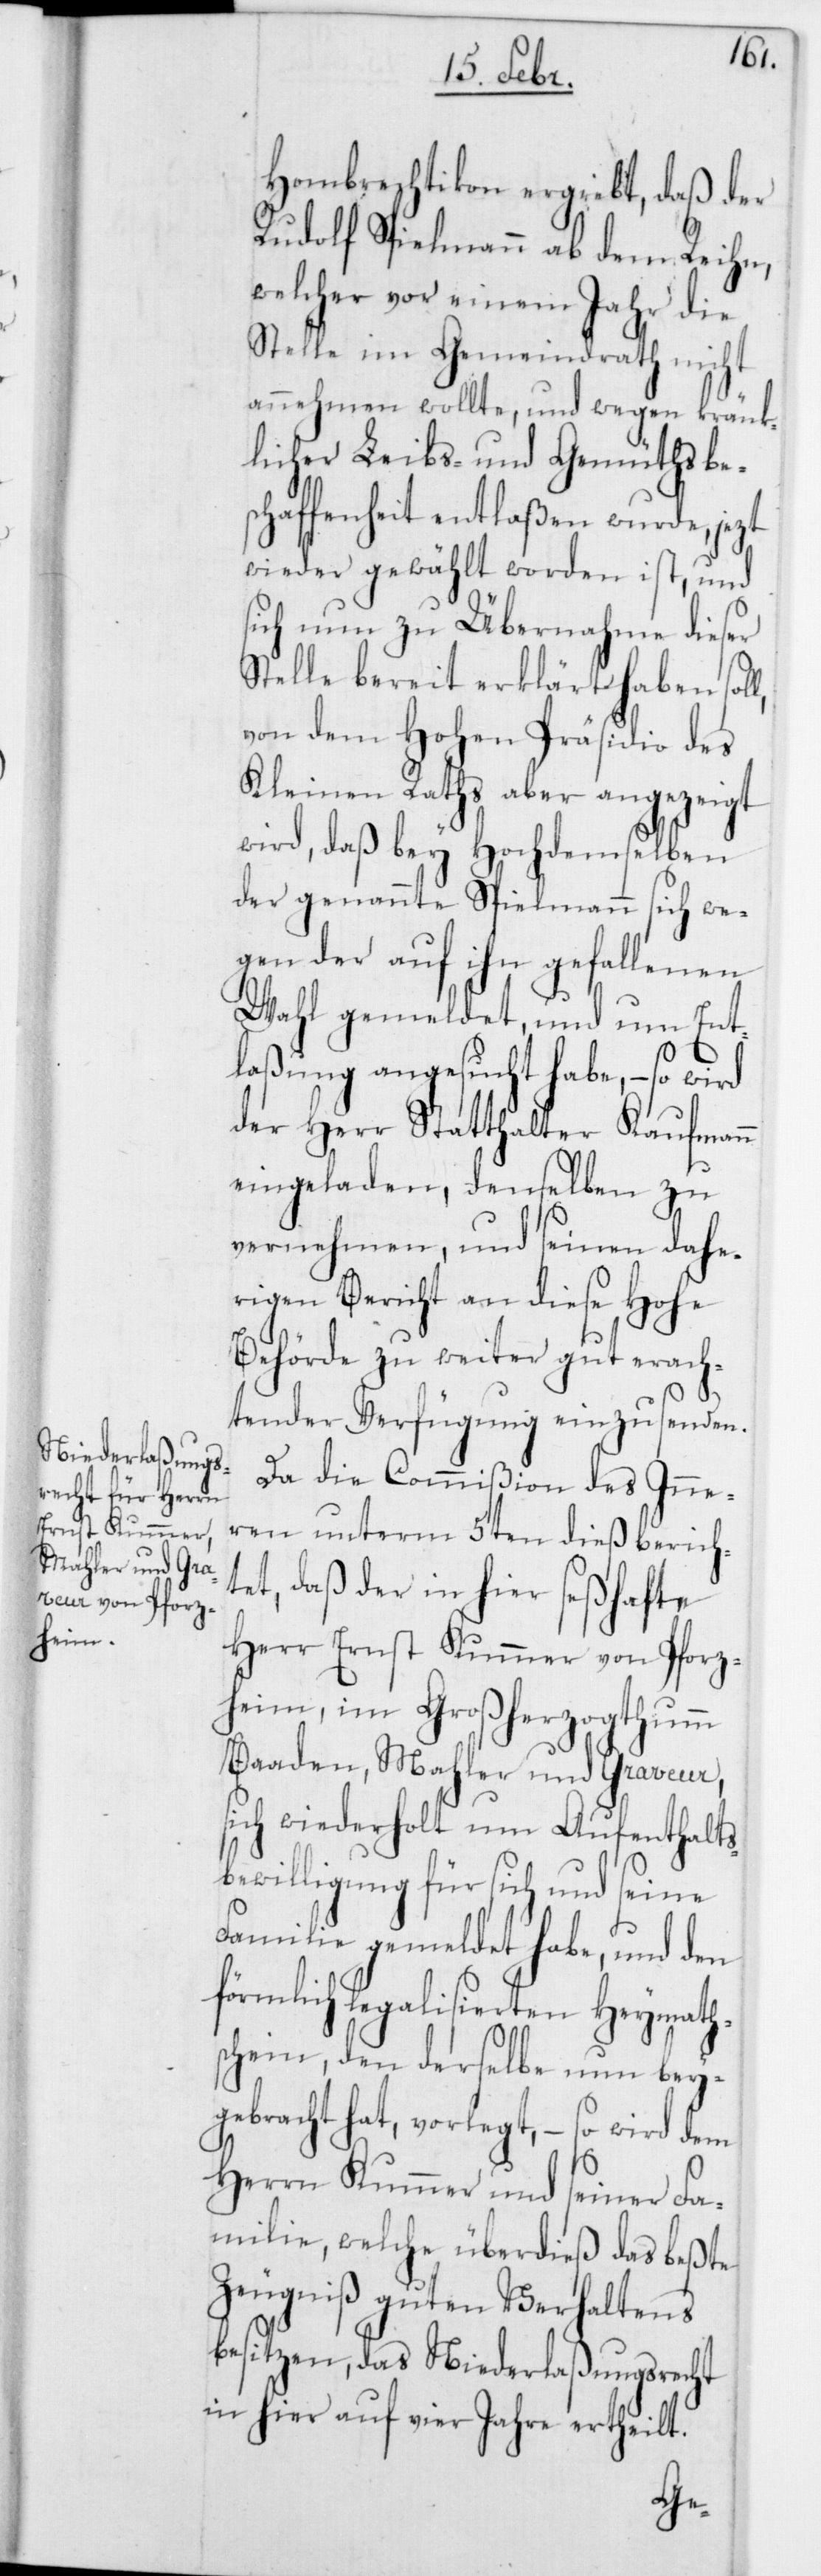
Hombrechtikon ergiebt, daß der
Rudolf Spielmann ab dem Reihn,
welcher vor einem Jahr die
Stelle im Gemeindrath nicht
annehmen wollte, und wegen kränk¬
licher Leibs- und Gemüthsbe¬
schaffenheit entlaßen wurde, jezt
wieder gewählt worden ist, und
sich nun zu Übernahme dieser
Stelle bereit erklärt haben sol¬
von dem Hohen Präsidio des
Kleinen Raths aber angezeigt
wird, daß bey Hochdemselben
der genannte Spielmann sich we¬
gen der auf ihn gefallenen
Wahl gemeldet, und um Ent¬
laßung angesucht habe, – so wird
der Herr Statthalter Kaufmann
eingeladen, denselben zu
vernehmen, und seinen dahe¬
rigen Bericht an diese Hohe
Behörde zu weiter gut erach¬
tender Verfügung einzusenden.
Da die Commißion des Inne¬
ren unterm 5ten dieß berich¬
tet, daß der in hier seßhafte
Herr Ernst Kummer von Pforz¬
heim, im Großherzogthumm
Baaden, Mahler und Graveur,
sich wiederholt um Aufenthalts¬
bewilligung für sich und seine
Familie gemeldet habe, und den
förmlich legalisierten Heymath¬
schein, den derselbe nun bey¬
gebracht hat, vorlegt, – so wird dem
Herrn Kummer und seiner Fa¬
milie, welche überdieß das beßte
Zeugniß guten Verhaltens
besitzen, das Niederlaßungrecht
in hier auf vier Jahre ertheilt.
l,